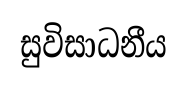
සුවිසාධනීය